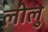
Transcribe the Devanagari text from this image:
लीलु